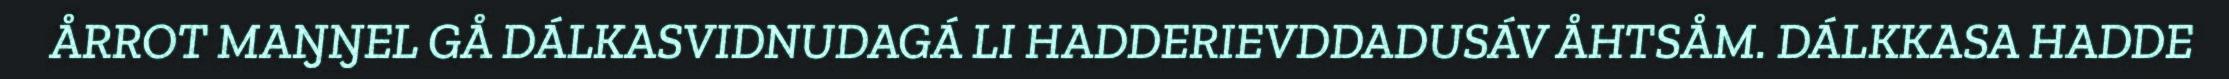
ÅRROT MAŊŊEL GÅ DÁLKASVIDNUDAGÁ LI HADDERIEVDDADUSÁV ÅHTSÅM. DÁLKKASA HADDE